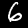
Digit: 6